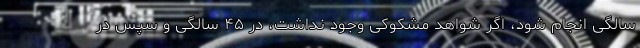
سالگی انجام شود، اگر شواهد مشکوکی وجود نداشت، در ۴۵ سالگی و سپس در